Annual administration report of the Civil Veterinary Department of India - 1898-1899
Year: 1898
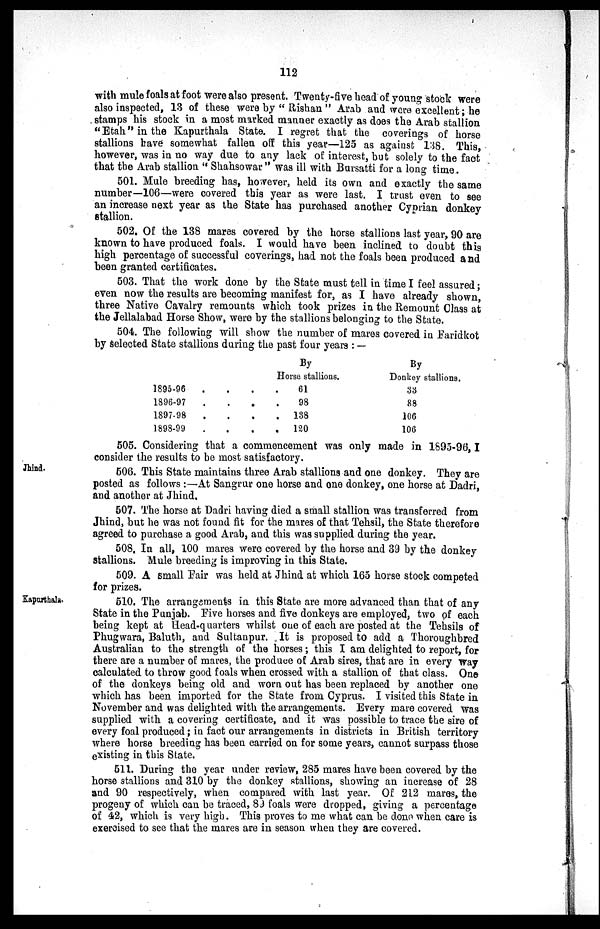
112
with mule foals at foot were also present. Twenty-five head of young stock were
also inspected, 13 of these were by "Rishan" Arab and were excellent; he
stamps his stock in a most marked manner exactly as does the Arab stallion
"Etah" in the Kapurthala State. I regret that the coverings of horse
stallions have somewhat fallen off this year—125 as against 138. This,
however, was in no way due to any lack of interest, but solely to the fact
that the Arab stallion "Shahsowar" was ill with Bursatti for a long time.
501. Mule breeding has, however, held its own and exactly the same
number—106—were covered this year as were last. I trust even to see
an increase next year as the State has purchased another Cyprian donkey
stallion.
502. Of the 138 mares covered by the horse stallions last year, 90 are
known to have produced foals. I would have been inclined to doubt this
high percentage of successful coverings, had not the foals been produced and
been granted certificates.
503. That the work done by the State must tell in time I feel assured;
even now the results are becoming manifest for, as I have already shown,
three Native Cavalry remounts which took prizes in the Remount Class at
the Jellalabad Horse Show, were by the stallions belonging to the State.
504. The following will show the number of mares covered in Faridkot
by selected State stallions during the past four years: —
1895-96
1896-97
1897-98
1898-99
.
.
.
.
.
.
.
.
.
.
.
.
By
Horse stallions.
.
.
.
.
61
98
138
120
By
Donkey stallions.
33
88
106
106
505. Considering that a commencement was only made in 1895-96, I
consider the results to be most satisfactory.
Jhind.
506. This State maintains three Arab stallions and one donkey. They are
posted as follows:—At Sangrur one horse and one donkey, one horse at Dadri,
and another at Jhind.
507. The horse at Dadri having died a small stallion was transferred from
Jhind, but he was not found fit for the mares of that Tehsil, the State therefore
agreed to purchase a good Arab, and this was supplied during the year.
508. In all, 100 mares were covered by the horse and 39 by the donkey
stallions. Mule breeding is improving in this State.
509. A small Fair was held at Jhind at which 165 horse stock competed
for prizes.
Kapurthala.
510. The arrangements in this State are more advanced than that of any
State in the Punjab. Five horses and five donkeys are employed, two of each
being kept at Head-quarters whilst one of each are posted at the Tehsils of
Phugwara, Baluth, and Sultanpur. It is proposed to add a Thoroughbred
Australian to the strength of the horses; this I am delighted to report, for
there are a number of mares, the produce of Arab sires, that are in every way
calculated to throw good foals when crossed with a stallion of that class. One
of the donkeys being old and worn out has been replaced by another one
which has been imported for the State from Cyprus. I visited this State in
November and was delighted with the arrangements. Every mare covered was
supplied with a covering certificate, and it was possible to trace the sire of
every foal produced; in fact our arrangements in districts in British territory
where horse breeding has been carried on for some years, cannot surpass those
existing in this State.
511. During the year under review, 285 mares have been covered by the
horse stallions and 310 by the donkey stallions, showing an increase of 28
and 90 respectively, when compared with last year. Of 212 mares, the
progeny of which can be traced, 89 foals were dropped, giving a percentage
of 42, which is very high. This proves to me what can be done when care is
exercised to see that the mares are in season when they are covered.